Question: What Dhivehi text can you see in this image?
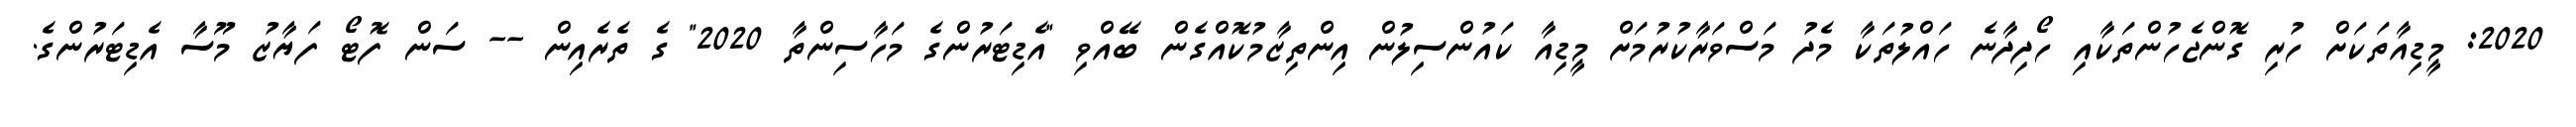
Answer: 2020: މީޑިއާތަކަށް ހުރި ގޮންޖެހުންތަކާއި ހޯދިދާނެ ހައްލުތަކާ މެދު މަސްވަރާކުރުމަށް މީޑިއާ ކައުންސިލުން އިންތިޒާމުކޮއްގެން ބޭއްވި "އެޑިޓަރުންގެ މަހާސިންތާ 2020" ގެ ތެރެއިން -- ސަން ފޮޓޯ ފަޔާޒު މޫސާ އެޑިޓަރުންގެ.